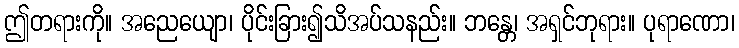
ဤတရားကို။ အညေယျော၊ ပိုင်းခြား၍သိအပ်သနည်း။ ဘန္တေ၊ အရှင်ဘုရား။ ပုရာဏော၊